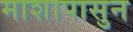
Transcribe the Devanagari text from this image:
माशापासुन